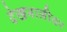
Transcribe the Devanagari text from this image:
देखभालीवर